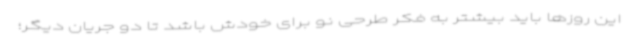
این روزها باید بیشتر به فکر طرحی نو برای خودش باشد تا دو جریان دیگر؛